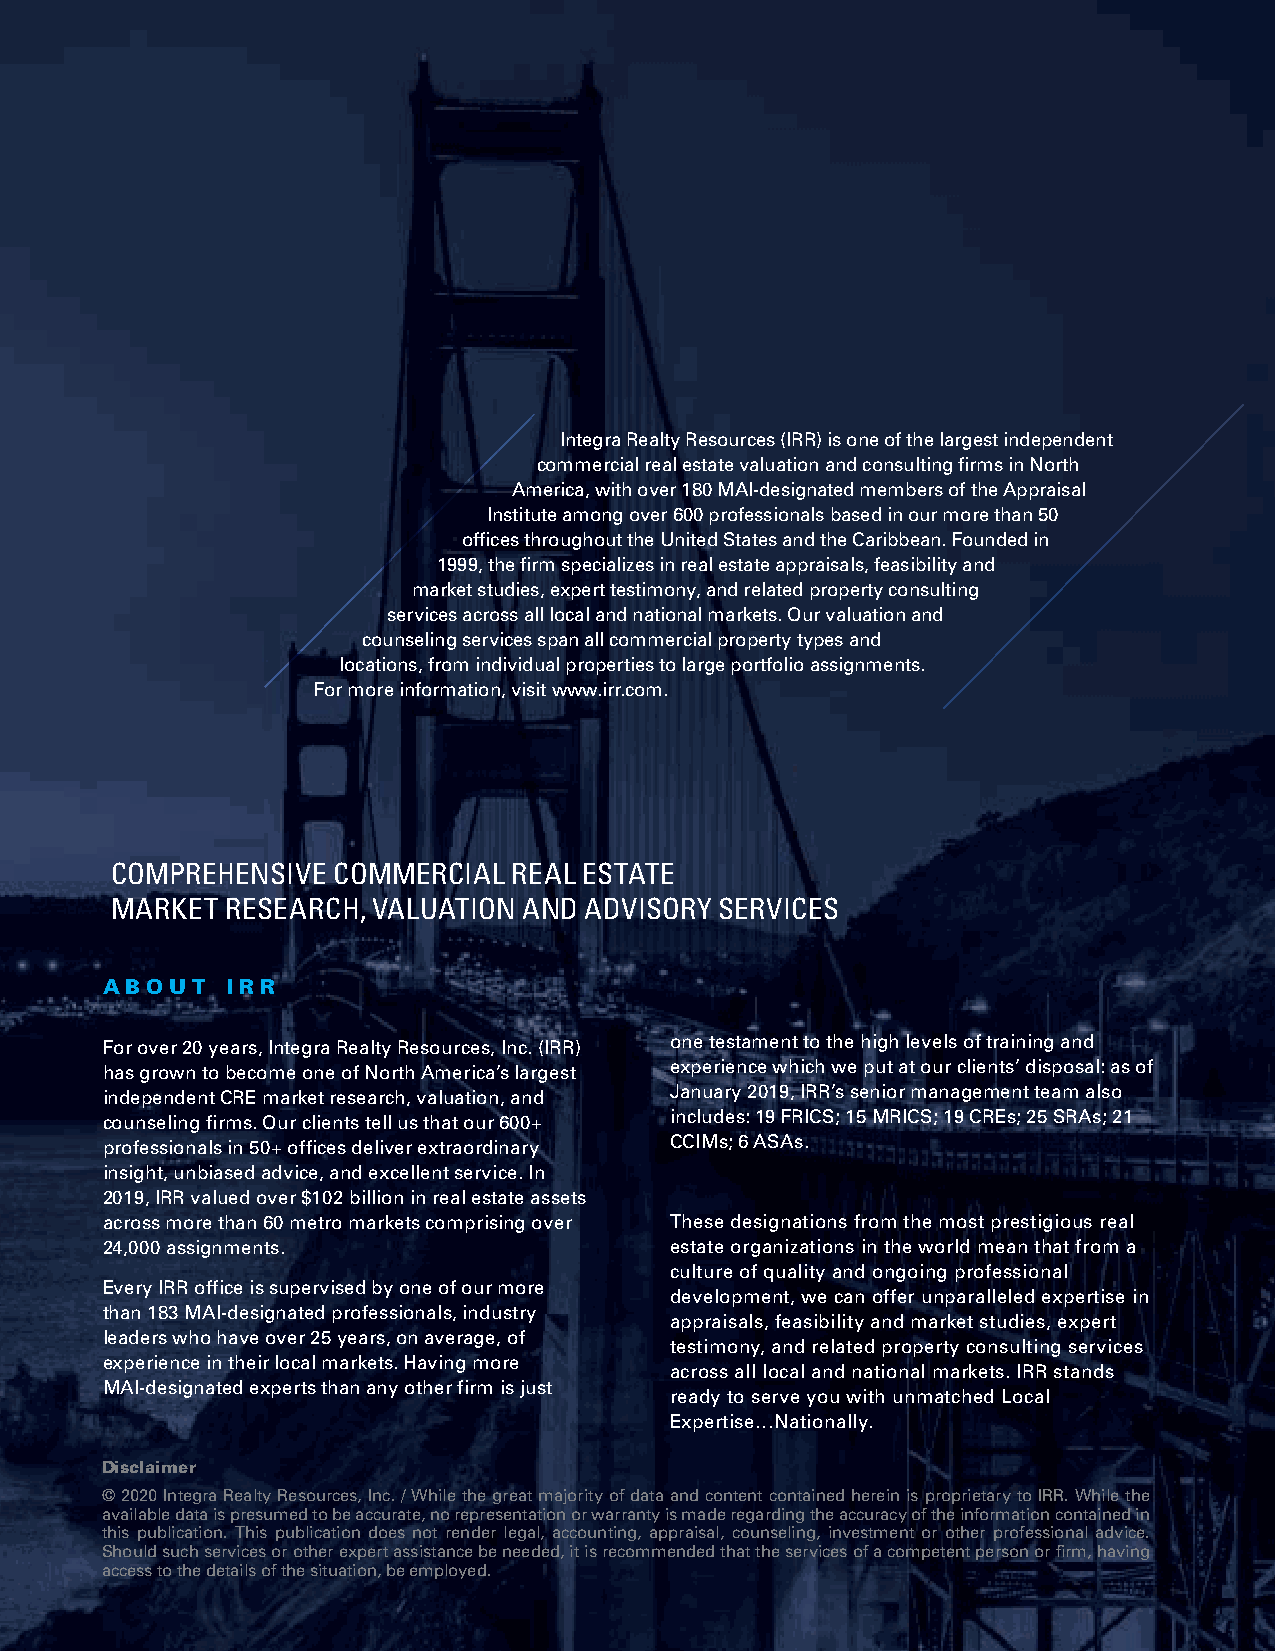
Integra Realty Resources (IRR) is one of the largest independent
 commercial real estate valuation and consulting firms in North
 America, with over 180 MAI-designated members of the Appraisal
 Institute among over 600 professionals based in our more than 50
 offices throughout the United States and the Caribbean. Founded in
 1999, the firm specializes in real estate appraisals, feasibility and
 market studies, expert testimony, and related property consulting
 services across all local and national markets. Our valuation and
 counseling services span all commercial property types and
 locations, from individual properties to large portfolio assignments.
 For more information, visit www.irr.com.
 COMPREHENSIVE  COMMERCIAL  REAL ESTATE
 MARKET  RESEARCH, VALUATION AND ADVISORY SERVICES
 about   irr
 For over 20 years, Integra Realty Resources, Inc. (IRR) one testament to the high levels of training and
 has grown to become one of North America’s largest experience which we put at our clients’ disposal: as of
 independent CRE market research, valuation, and January 2019, IRR’s senior management team also
 counseling firms. Our clients tell us that our 600+ includes: 19 FRICS; 15 MRICS; 19 CREs; 25 SRAs; 21
 professionals in 50+ offices deliver extraordinary CCIMs; 6 ASAs.
 insight, unbiased advice, and excellent service. In
 2019, IRR valued over $102 billion in real estate assets
 across more than 60 metro markets comprising over These designations from the most prestigious real
 24,000 assignments.                  estate organizations in the world mean that from a
 culture of quality and ongoing professional
 Every IRR office is supervised by one of our more
 development, we can offer unparalleled expertise in
 than 183 MAl-designated professionals, industry
 appraisals, feasibility and market studies, expert
 leaders who have over 25 years, on average, of
 testimony, and related property consulting services
 experience in their local markets. Having more
 across all local and national markets. IRR stands
 MAI-designated experts than any other firm is just
 ready to serve you with unmatched Local
 Expertise…Nationally.
 Disclaimer
 © 2020 Integra Realty Resources, Inc. / While the great majority of data and content contained herein is proprietary to IRR. While the
 available data is presumed to be accurate, no representation or warranty is made regarding the accuracy of the information contained in
 this publication. This publication does not render legal, accounting, appraisal, counseling, investment or other professional advice.
 Should such services or other expert assistance be needed, it is recommended that the services of a competent person or firm, having
 access to the details of the situation, be employed.